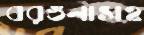
বরগুনাসহ